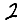
Digit: 2